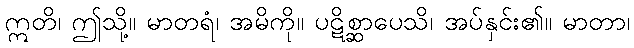
ဣတိ၊ ဤသို့။ မာတရံ၊ အမိကို။ ပဋိစ္ဆာပေသိ၊ အပ်နှင်း၏။ မာတာ၊